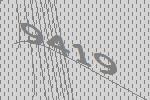
9419